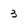
Character: 3